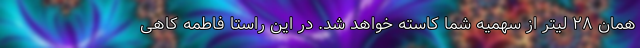
همان ۲۸ لیتر از سهمیه شما کاسته خواهد شد. در این راستا فاطمه کاهی